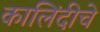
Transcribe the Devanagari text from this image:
कालिंदीचे